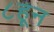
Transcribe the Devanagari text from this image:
८हून